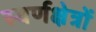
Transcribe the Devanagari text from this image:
स्वर्णक्षेत्रों